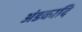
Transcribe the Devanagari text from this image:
अंडकादि